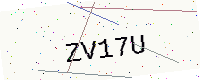
Text: ZV17U